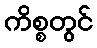
ကိစ္စတွင်